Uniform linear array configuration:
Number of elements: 12
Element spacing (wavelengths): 0.5
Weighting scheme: kaiser
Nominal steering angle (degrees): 45
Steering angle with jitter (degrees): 46.991
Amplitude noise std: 0.05
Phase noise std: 0.05

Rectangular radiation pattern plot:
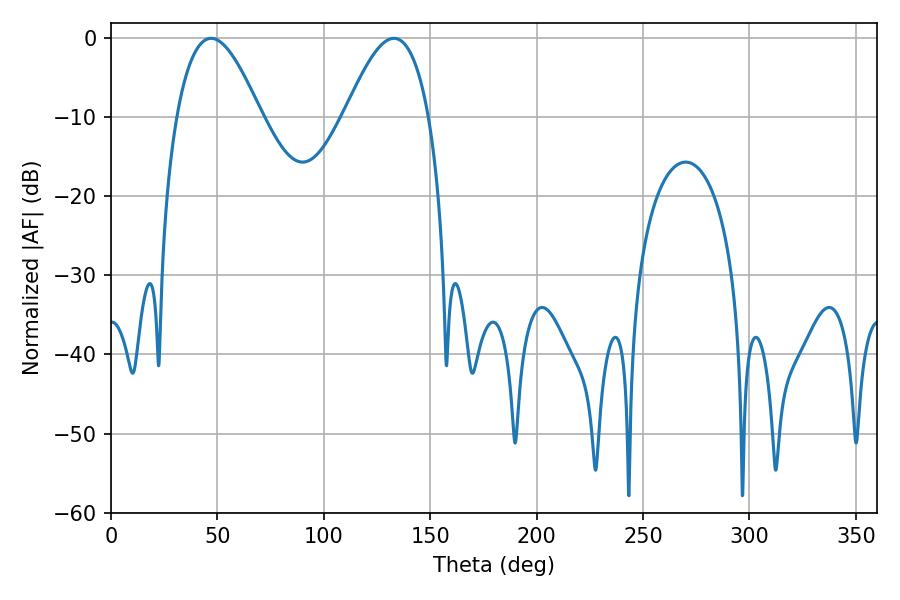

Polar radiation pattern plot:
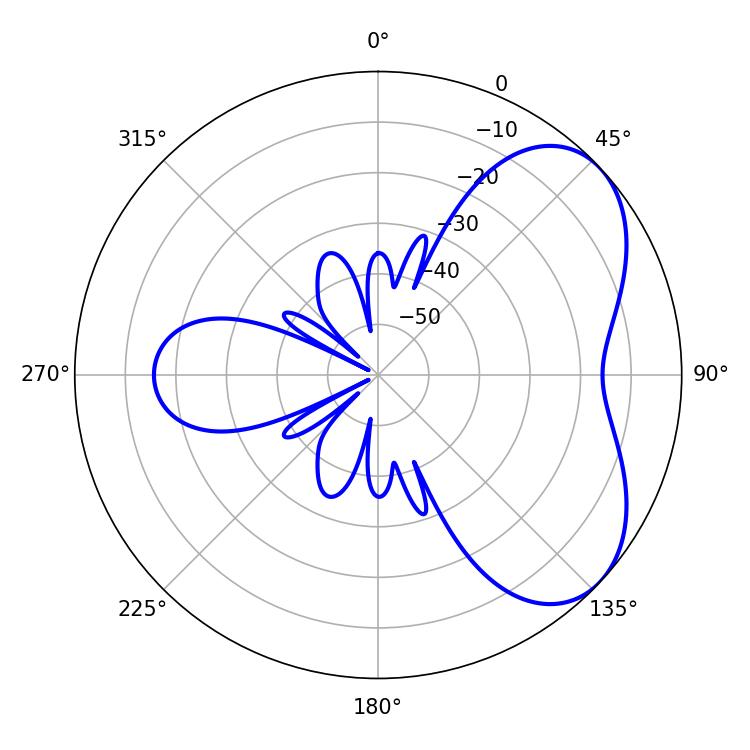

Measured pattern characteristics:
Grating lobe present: FALSE
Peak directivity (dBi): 5.125
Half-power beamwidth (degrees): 21.42
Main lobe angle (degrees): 46.98